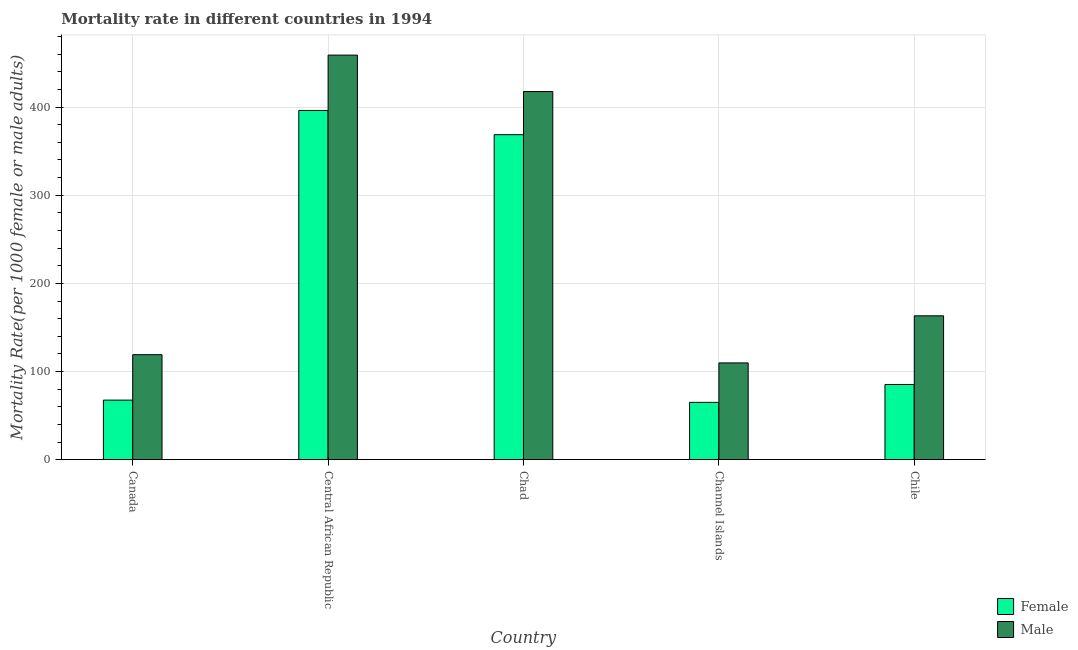
| Country | Female | Male |
 | --- | --- | --- |
 | Canada | 67.6 | 119 |
 | Central African Republic | 396 | 459 |
 | Chad | 369 | 418 |
 | Channel Islands | 65 | 110 |
 | Chile | 85.3 | 163 |